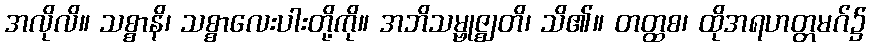
အလိုလိ။ သစ္စာနိ၊ သစ္စာလေးပါးတို့ကို။ အဘိသမ္ဗုဇ္ဈတိ၊ သိ၏။ တတ္ထစ၊ ထိုအရဟတ္တမဂ်၌